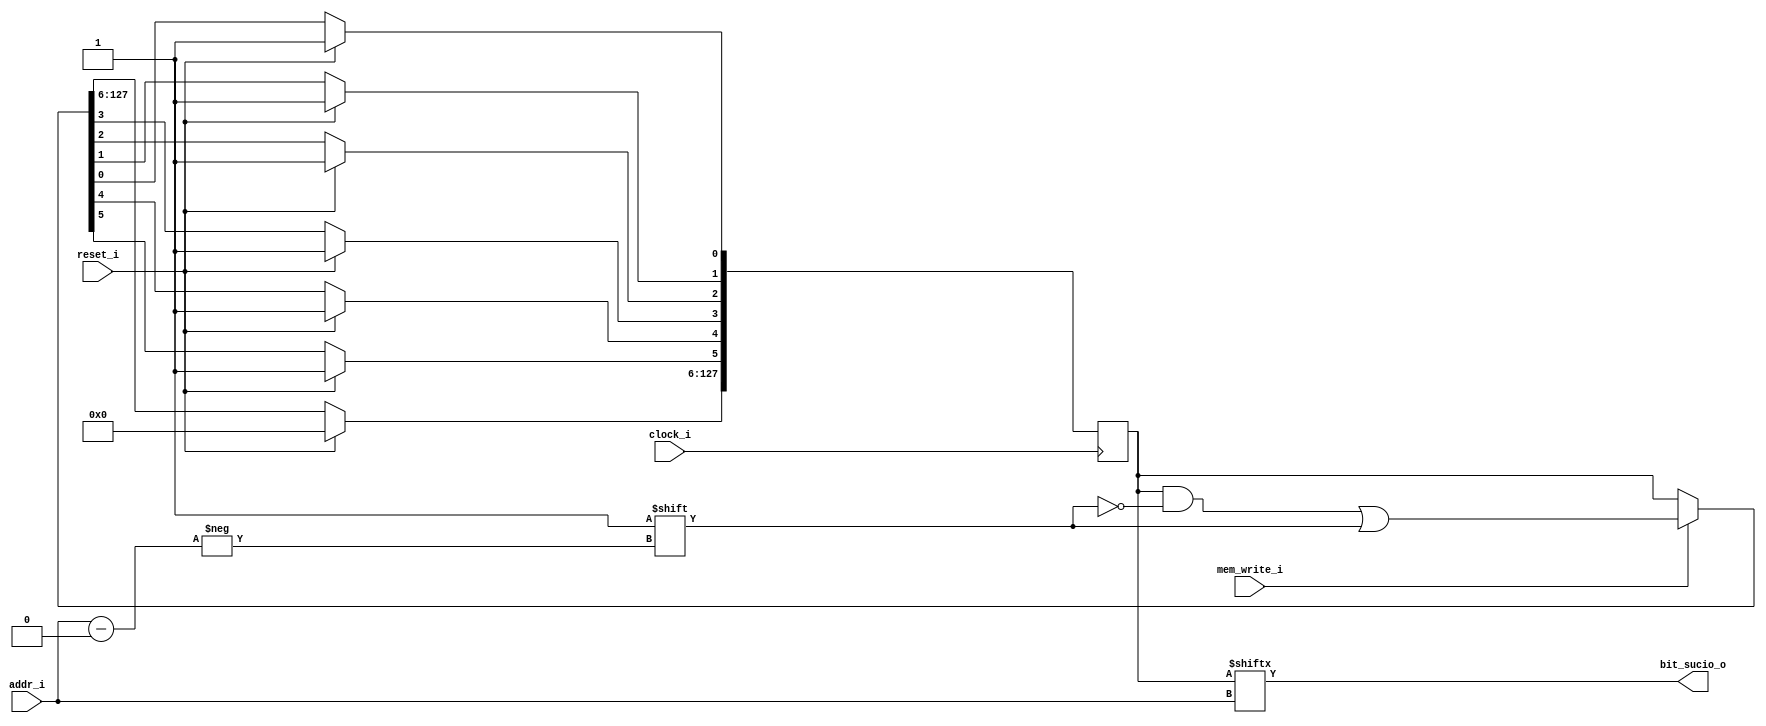

`define N_ELEMENTS 128
`define ADDRWIDTH $clog2(`N_ELEMENTS)

module cntl_bit_sucio
	(
		input wire clock_i,
		input wire reset_i, 
		input wire [`ADDRWIDTH-1:0] addr_i,
		input wire mem_write_i,

		output wire bit_sucio_o
	);
	reg [`N_ELEMENTS-1:0] bit_sucio_reg;

	assign bit_sucio_o = bit_sucio_reg[addr_i];

	always @(negedge clock_i)
		begin
		    if (reset_i)
		    	begin
		    		bit_sucio_reg    <= 0;
		    		bit_sucio_reg[0] <= 1'b1;
		    		bit_sucio_reg[1] <= 1'b1;
		    		bit_sucio_reg[2] <= 1'b1;
		    		bit_sucio_reg[3] <= 1'b1;
		    		bit_sucio_reg[4] <= 1'b1;
		    		bit_sucio_reg[5] <= 1'b1;
		    	end
		    else
			    begin
			        if (mem_write_i) 
			            bit_sucio_reg[addr_i] <= 1'b1;
			       
			        else 
			            bit_sucio_reg <= bit_sucio_reg;	        
			    end
	  	end
endmodule